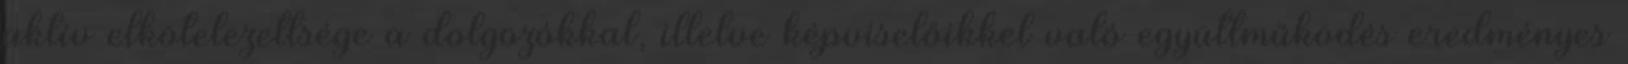
aktív elkötelezettsége a dolgozókkal, illetve képviselőikkel való együttműködés eredményes